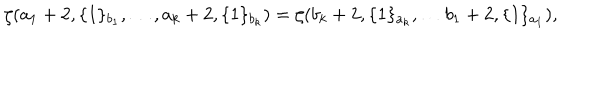
LaTeX: \zeta ( a _ { 1 } + 2 , \{ 1 \} _ { b _ { 1 } } , \dots , a _ { k } + 2 , \{ 1 \} _ { b _ { k } } ) = \zeta ( b _ { k } + 2 , \{ 1 \} _ { a _ { k } } , \dots b _ { 1 } + 2 , \{ 1 \} _ { a _ { 1 } } ) ,